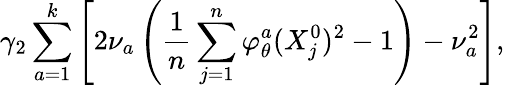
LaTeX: \gamma_{2}\sum_{a=1}^{k}\left[2\nu_{a}\left(\frac{1}{n}\sum_{j=1}^{n}\varphi_{\theta}^{a}(X_{j}^{0})^{2}-1\right)-\nu_{a}^{2}\right],